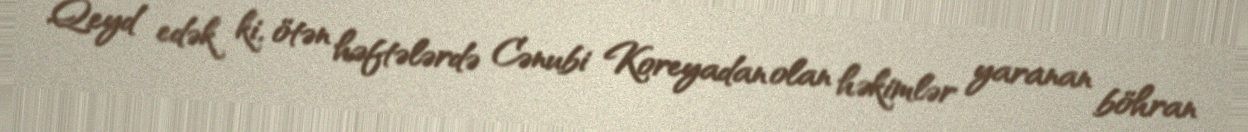
Qeyd edək ki, ötən həftələrdə Cənubi Koreyadan olan həkimlər yaranan böhran